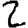
Digit: 2